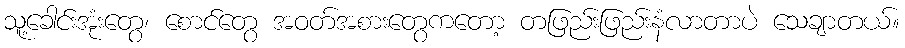
သူ့ခေါင်းအုံးတွေ၊ စောင်တွေ အဝတ်အစားတွေကတော့ တဖြည်းဖြည်းနံလာတာပဲ သေချာတယ်။